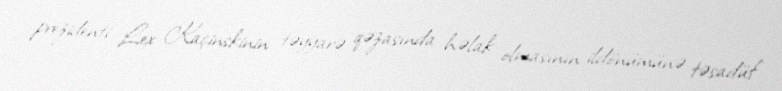
prezidenti Lex Kaçinskinin təyyarə qəzasında həlak olmasının ildönümünə təsadüf